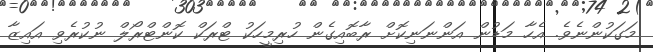
މަގަކުންނެވެ. އެހާ މަޑުން އަންނަނިކޮށް ރާބޮއިގެން ހުރިމީހަކު ޓްރަކް ކޮންޓްރޯލް ނުކުރެވި އައިޒާ